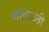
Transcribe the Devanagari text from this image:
मावळती